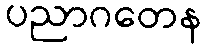
ပညာဂတေန